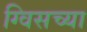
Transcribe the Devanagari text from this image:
ग्विसच्या